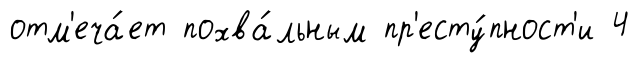
отм'еча́ет похва́льным пр'есту́пност'и 4